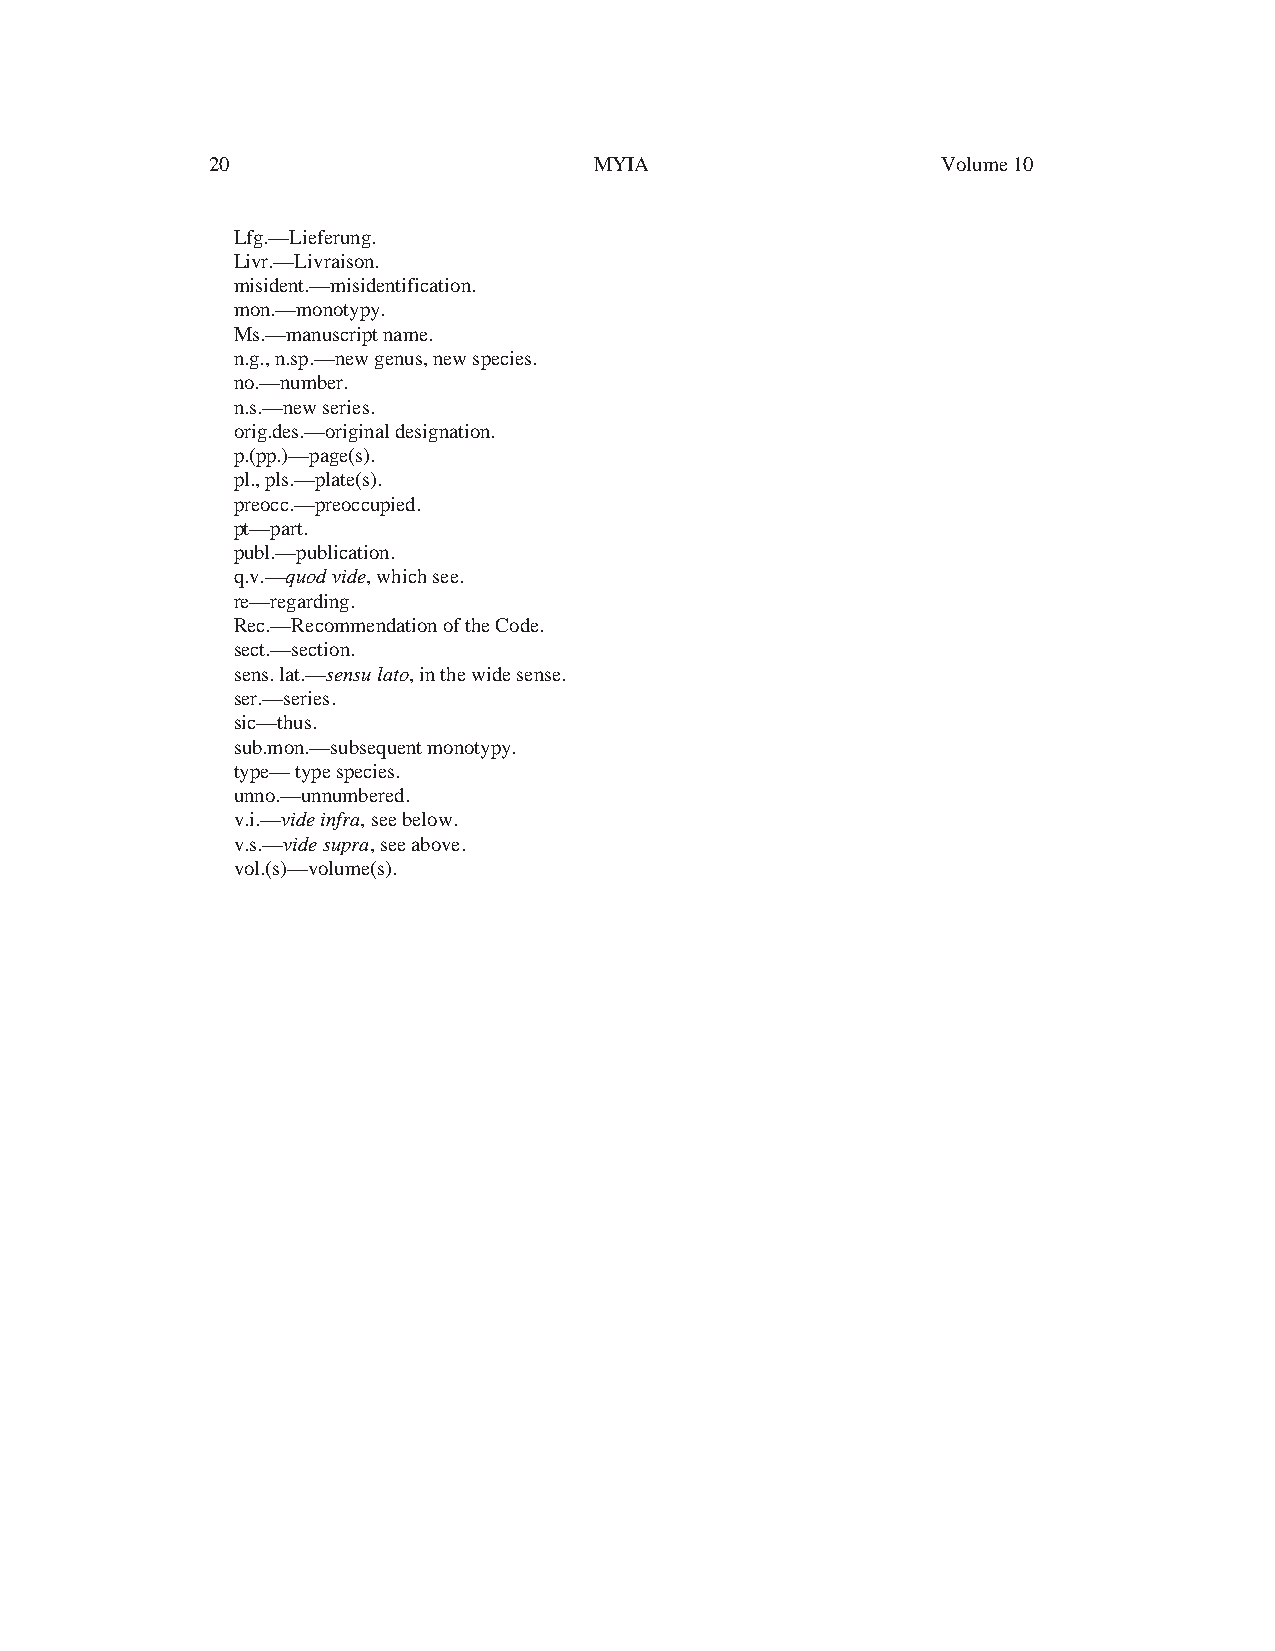
20                       MYIA                   Volume 10
 Lfg.—Lieferung.
 Livr.—Livraison.
 misident.—misidentification.
 mon.—monotypy.
 Ms.—manuscriptname.
 n.g.,n.sp.—new genus,newspecies.
 no.—number.
 n.s.—newseries.
 orig.des.—originaldesignation.
 p.(pp.)—page(s).
 pl.,pls.—plate(s).
 preocc.—preoccupied.
 pt—part.
 publ.—publication.
 q.v.—quod vide,which see.
 re—regarding.
 Rec.—Recommendationof the Code.
 sect.—section.
 sens.lat.—sensulato,in the widesense.
 ser.—series.
 sic—thus.
 sub.mon.—subsequent monotypy.
 type—typespecies.
 unno.—unnumbered.
 v.i.—vide infra,seebelow.
 v.s.—vide supra,seeabove.
 vol.(s)—volume(s).